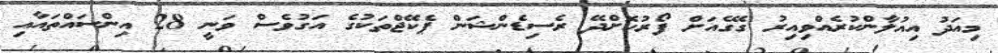
މިއަދު އިއުލާންކުރެއްވިއިރު ގޭގެއަށް ފޯރުކޮށްދޭ ރެސިޑެންޝަން ޕެކޭޖްތަކުގެ އަގުވެސް ވަނީ 28 އިންސައްތައާއި